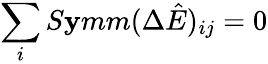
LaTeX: \sum_{i}S\mathbf{y}mm(\Delta\hat{{E}})_{ij}=0